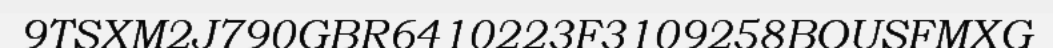
9TSXM2J790GBR6410223F3109258BOUSFMXG